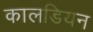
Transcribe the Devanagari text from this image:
कालडियन